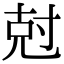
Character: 尅